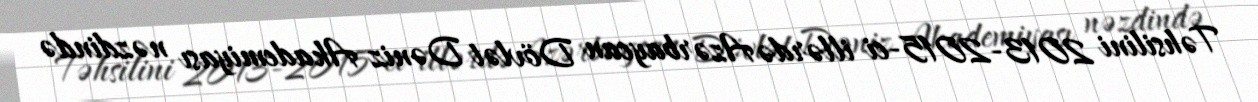
Təhsilini 2013-2015-ci illərdə Azərbaycan Dövlət Dəniz Akademiyası nəzdində